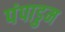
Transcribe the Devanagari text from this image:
पंपाडुम